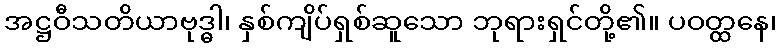
အဋ္ဌဝီသတိယာဗုဒ္ဓါ၊ နှစ်ကျိပ်ရှစ်ဆူသော ဘုရားရှင်တို့၏။ ပဝတ္ထနေ၊